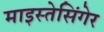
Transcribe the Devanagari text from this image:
माइस्तेसिंगेर